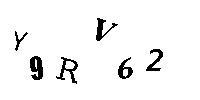
Y9RV62